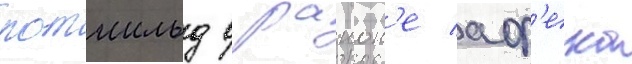
ротшильд в раион'е аф'ека